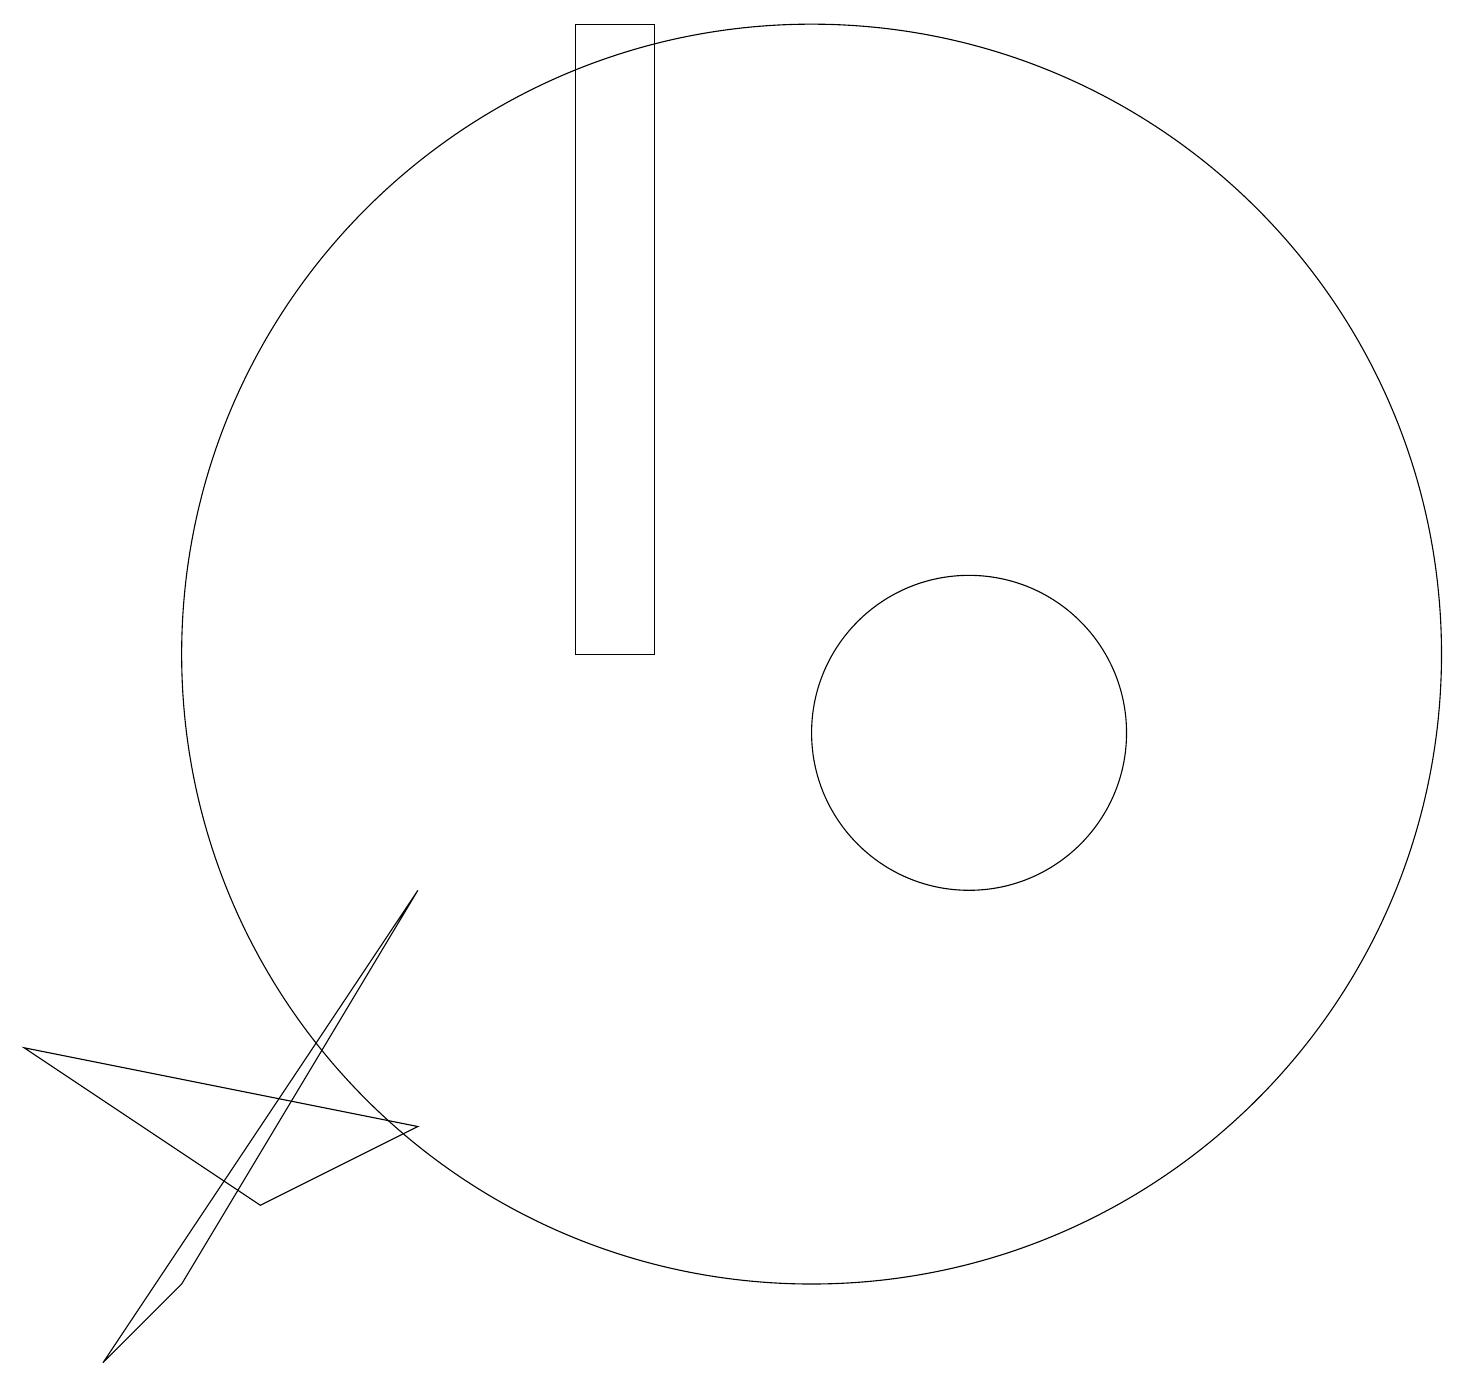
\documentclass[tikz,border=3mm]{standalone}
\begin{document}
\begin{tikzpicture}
\draw (12,10) circle (2);
\draw (10,11) circle (8);
\draw (2,3) -- (1,2) -- (5,8) -- cycle;
\draw (8,11) rectangle (7,19);
\draw (5,5) -- (3,4) -- (0,6) -- cycle;
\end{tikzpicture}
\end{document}